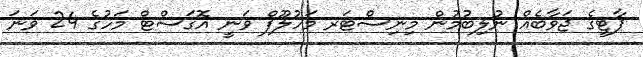
ޕާޓީގެ ޖަވާބެއް ނުލިބުމުން މިނިސްޓަރ މަހުލޫފް ވަނީ އޮގަސްޓް މަހުގެ 24 ވަނަ